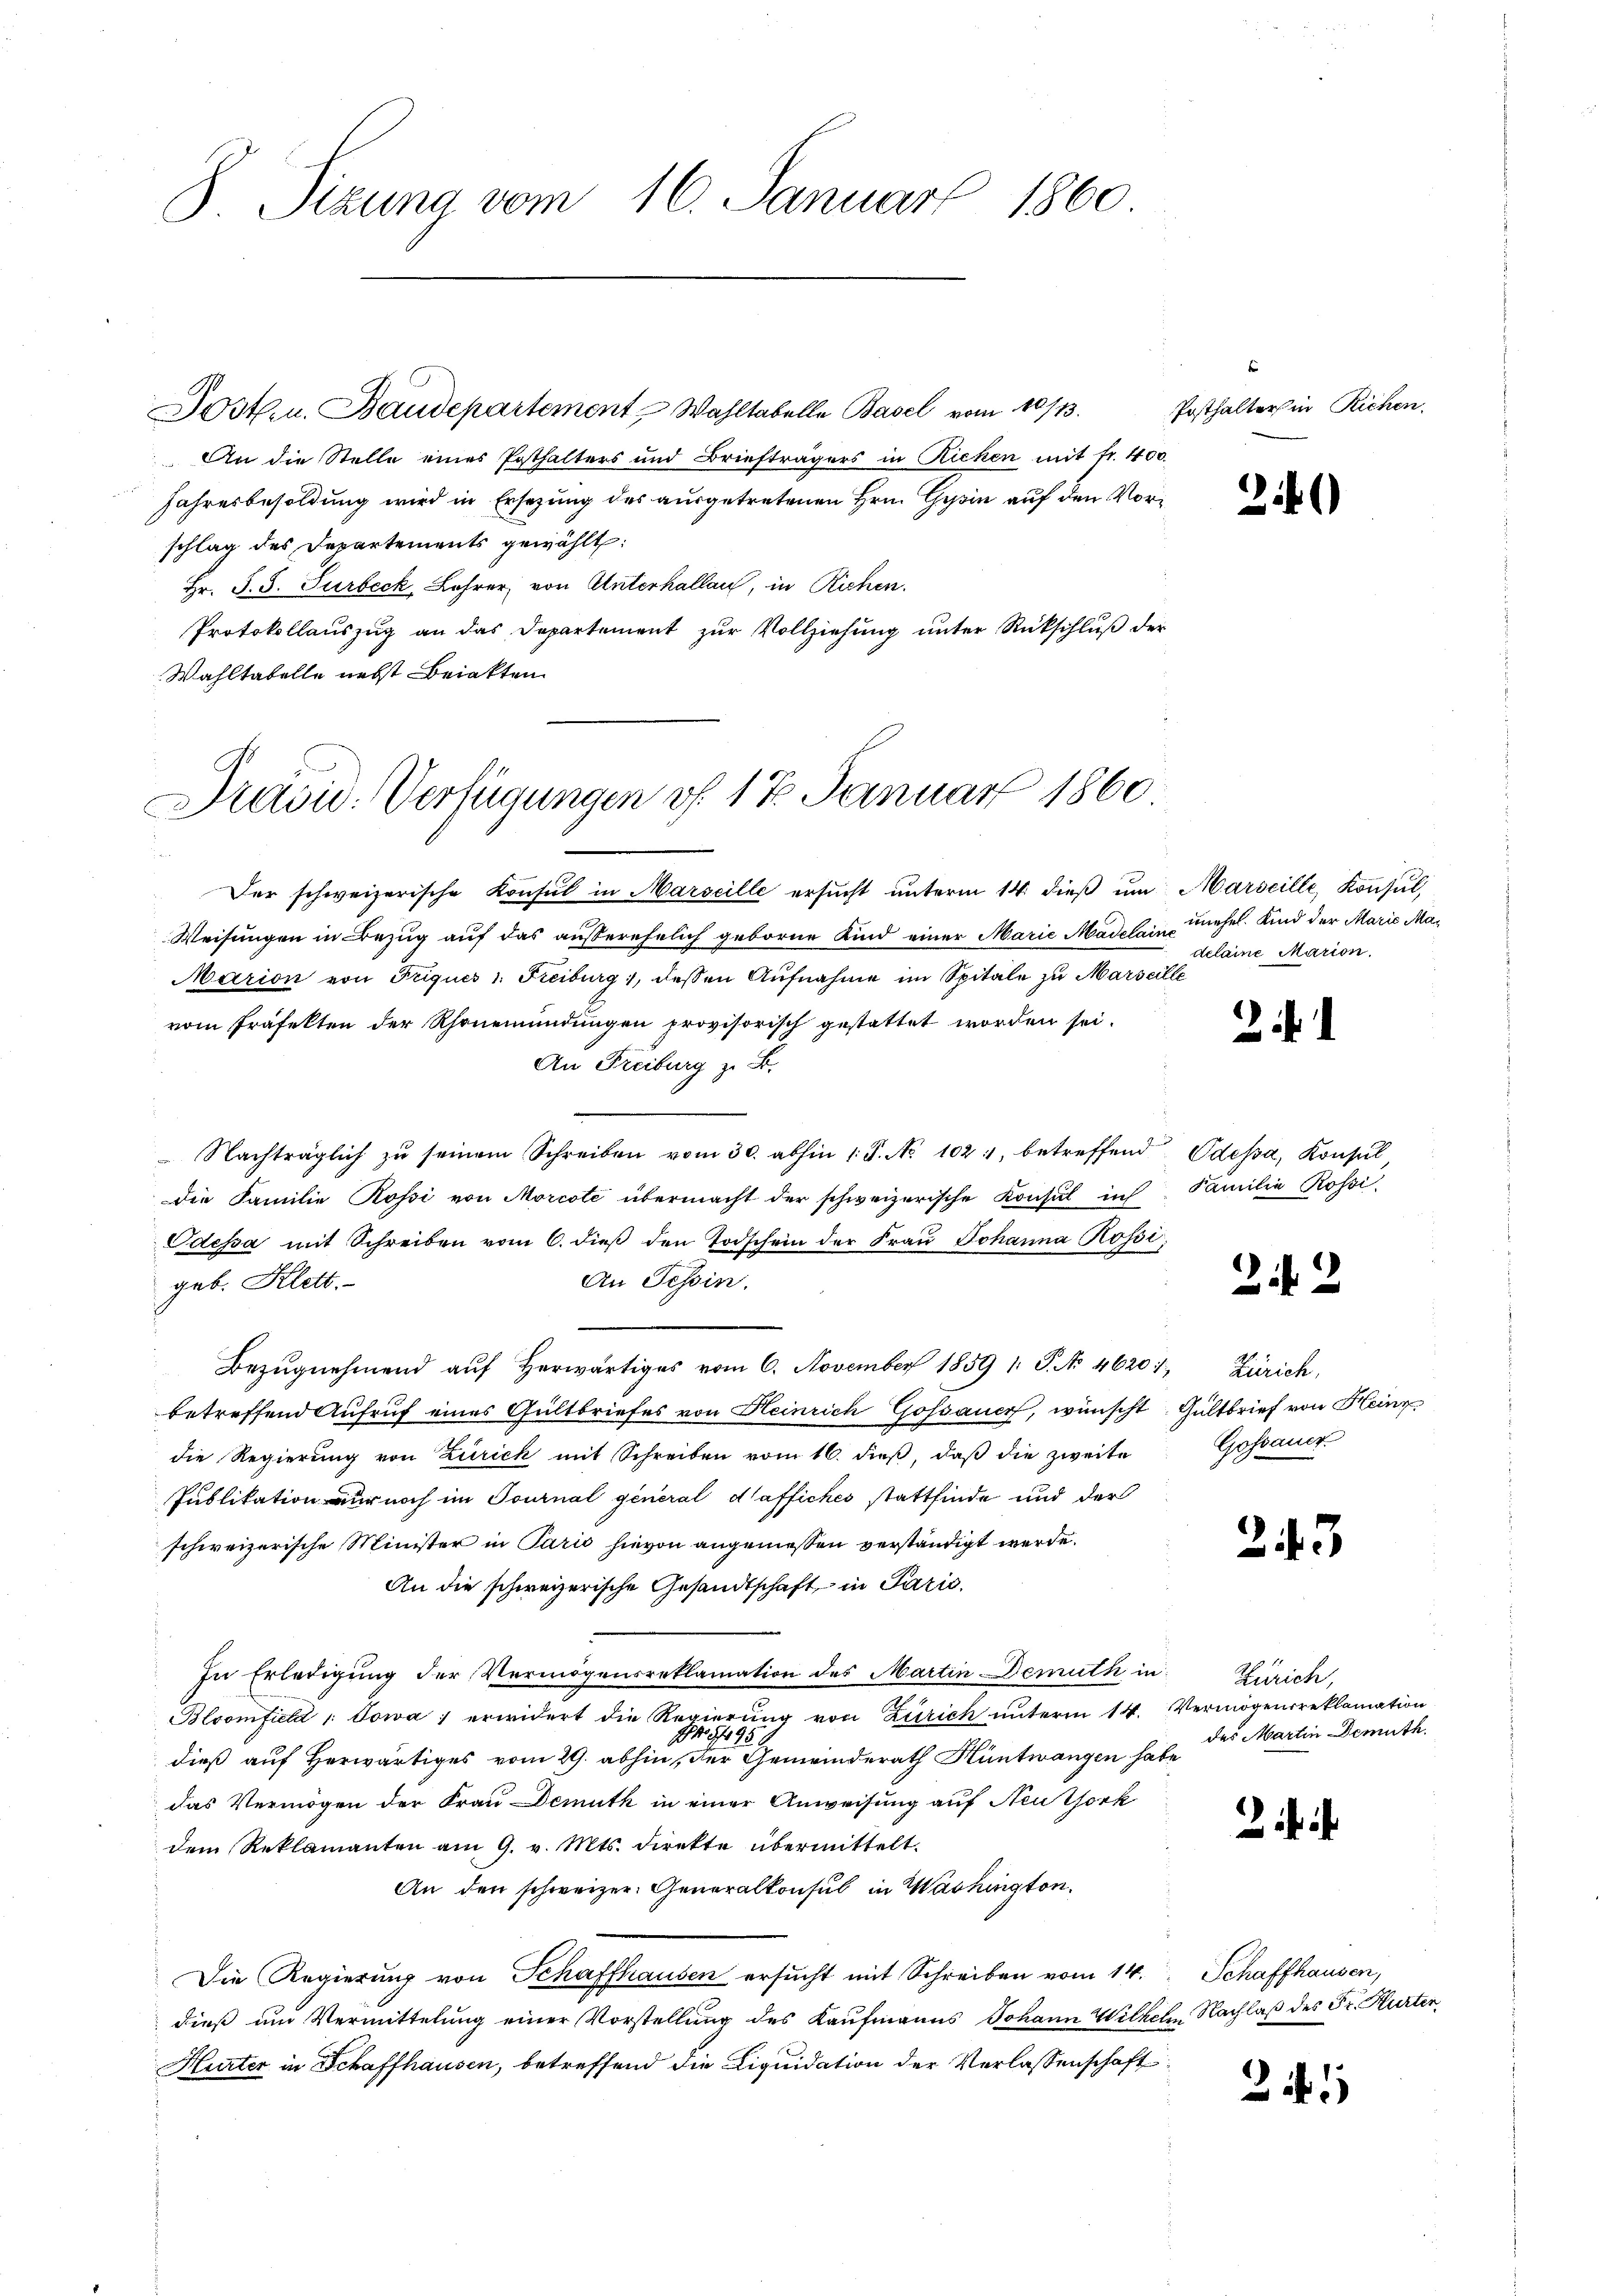
8 Sizung vom 16. Januar 1860

Jost u. Baudepartement Wahltabelle Basel vom 10/13.
An die Stelle eines Posthalters und Briefträgers in Richen mit fr. 400.
Jahresbesoldung wird in Ersezung des ausgetretenen Hrn. Gysin auf den Vorschlag des Departements gewählt:
Hr. S. S. Surbeck, Lehrer, von Unterhallau, in Richen.
Protokollauszug an das Departement zur Vollziehung unter Rückschluß der
Wahltabelle nebst Beiakten
d
Der schweizerische Konsul in Marseille ersucht unterm 14. dieß um
Weisungen in Bezug auf das außerehelich geborne Kind einer Marie Madelain
Marion von Triques 1. Freiburg, dessen Aufnahme im Spitale zu Marsei
vom Präfekten der Rhonemündungen provisorisch gestattet worden sei.
An Freiburg z. B.
 Nachträglich zŭ seinem Schreiben vom 30. abhin 1 S. No 102, betreffend. Odessa, Konsul
die Familie Rossi von Morcote übermacht der schweizerische Konsul in Familie Rossi
Odessa mit Schreiben vom 6. dieβ den Todschein der Frau Johanna Rossi
An Tessin.
geb. Klett.
Bezŭgnehmend aŭf herwärtiges vom 6. November 1859 1. P. Nr. 46201, Zürich,
betreffend Aufruf eines Gültbriefes von Heinrich Gossauer, wünscht Gültbrief von Heinz
die Regierung von Zürich mit Schreiben vom 16. dieß, daß die zweite
Publikation nur noch im Tournal general daffiches stattfinde und der
schweizerische Minister in Paris hievon angeniessen verständigt werde.
An die schweizerische Gesandtschaft in Parić,
In Erledigung der Vermögensreklamation des Martin Demuth in Zürich,
Bloomfield / Sowa 1 erwidert die Regierung von Zürich unterm 14. Vermögensreklamation
145/95:
dieß auf Herwärtiges vom 29. abhin, der Gemeinderath Hüntwangen habe
das Vermögen der Frau Demuth in einer Anweisung auf Neuthork
dem Reklamanten am 9. v. Mts. direkte übermittelt.
An den schweizer. Generalkonsul in Washington.
Die Regierung von Schaffhausen ersucht mit Schreiben vom 14. Schaffhausen,
dieß um Vermittelung einer Vorstellung des Kaufmanns Johann Wilhelm Nachlaß des Fr. Hurter
Hurter in Schaffhausen, betreffend die Liquidation der Verlassenschaft

Präsid. Verfügungen vf. 17. Januar 1860.

Posthalter in Richen.

2

2146)

Marseille, Konsul,
mnehel. Kind der Marie Madelaine Marion.

2

2.12

Gossauer.

243

des Martin Demuth.

2

21